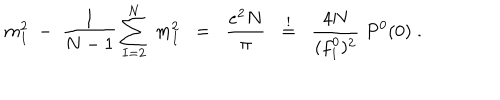
m _ { 1 } ^ { 2 } \; - \; \frac { 1 } { N - 1 } \sum _ { I = 2 } ^ { N } \; m _ { I } ^ { 2 } \; \; = \; \; \frac { e ^ { 2 } N } { \pi } \; \; \stackrel { ! } { = } \; \; \frac { 4 N } { ( f _ { 1 } ^ { 0 } ) ^ { 2 } } \; P ^ { 0 } ( 0 ) \; .